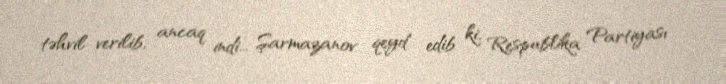
təhvil verilib, ancaq indi... Şarmazanov qeyd edib ki, Respublika Partiyası